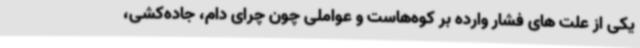
یکی از علت های فشار وارده بر کوه‌هاست و عواملی چون چرای دام، جاده‌کشی،